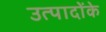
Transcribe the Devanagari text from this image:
उत्पादोंके